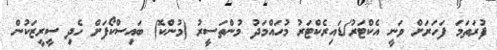
ފުރަތަމަ ފަހަރަށް ވަނީ އެކްޓަރު/ޑައިރެކްޓަރު މުހައްމަދު މުންތަސީރު (މުންކޮ) ބައިސްކޯފަށް ހެދި ސީރީޒަކުން